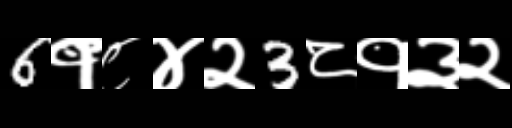
Text: 6१८४२3८१३२